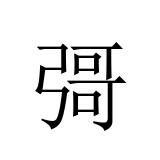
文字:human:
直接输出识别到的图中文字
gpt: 彁